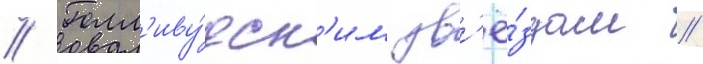
// Голл'иву́дск'им зв'ё́здам /